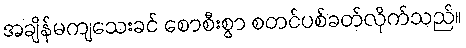
အချိန်မကျသေးခင် စောစီးစွာ စတင်ပစ်ခတ်လိုက်သည်။